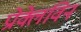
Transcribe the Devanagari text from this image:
प्रोक्लेविन